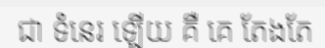
ជា ទំនេរ ឡើយ គឺ គេ តែងតែ